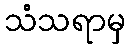
သံသရာမှ